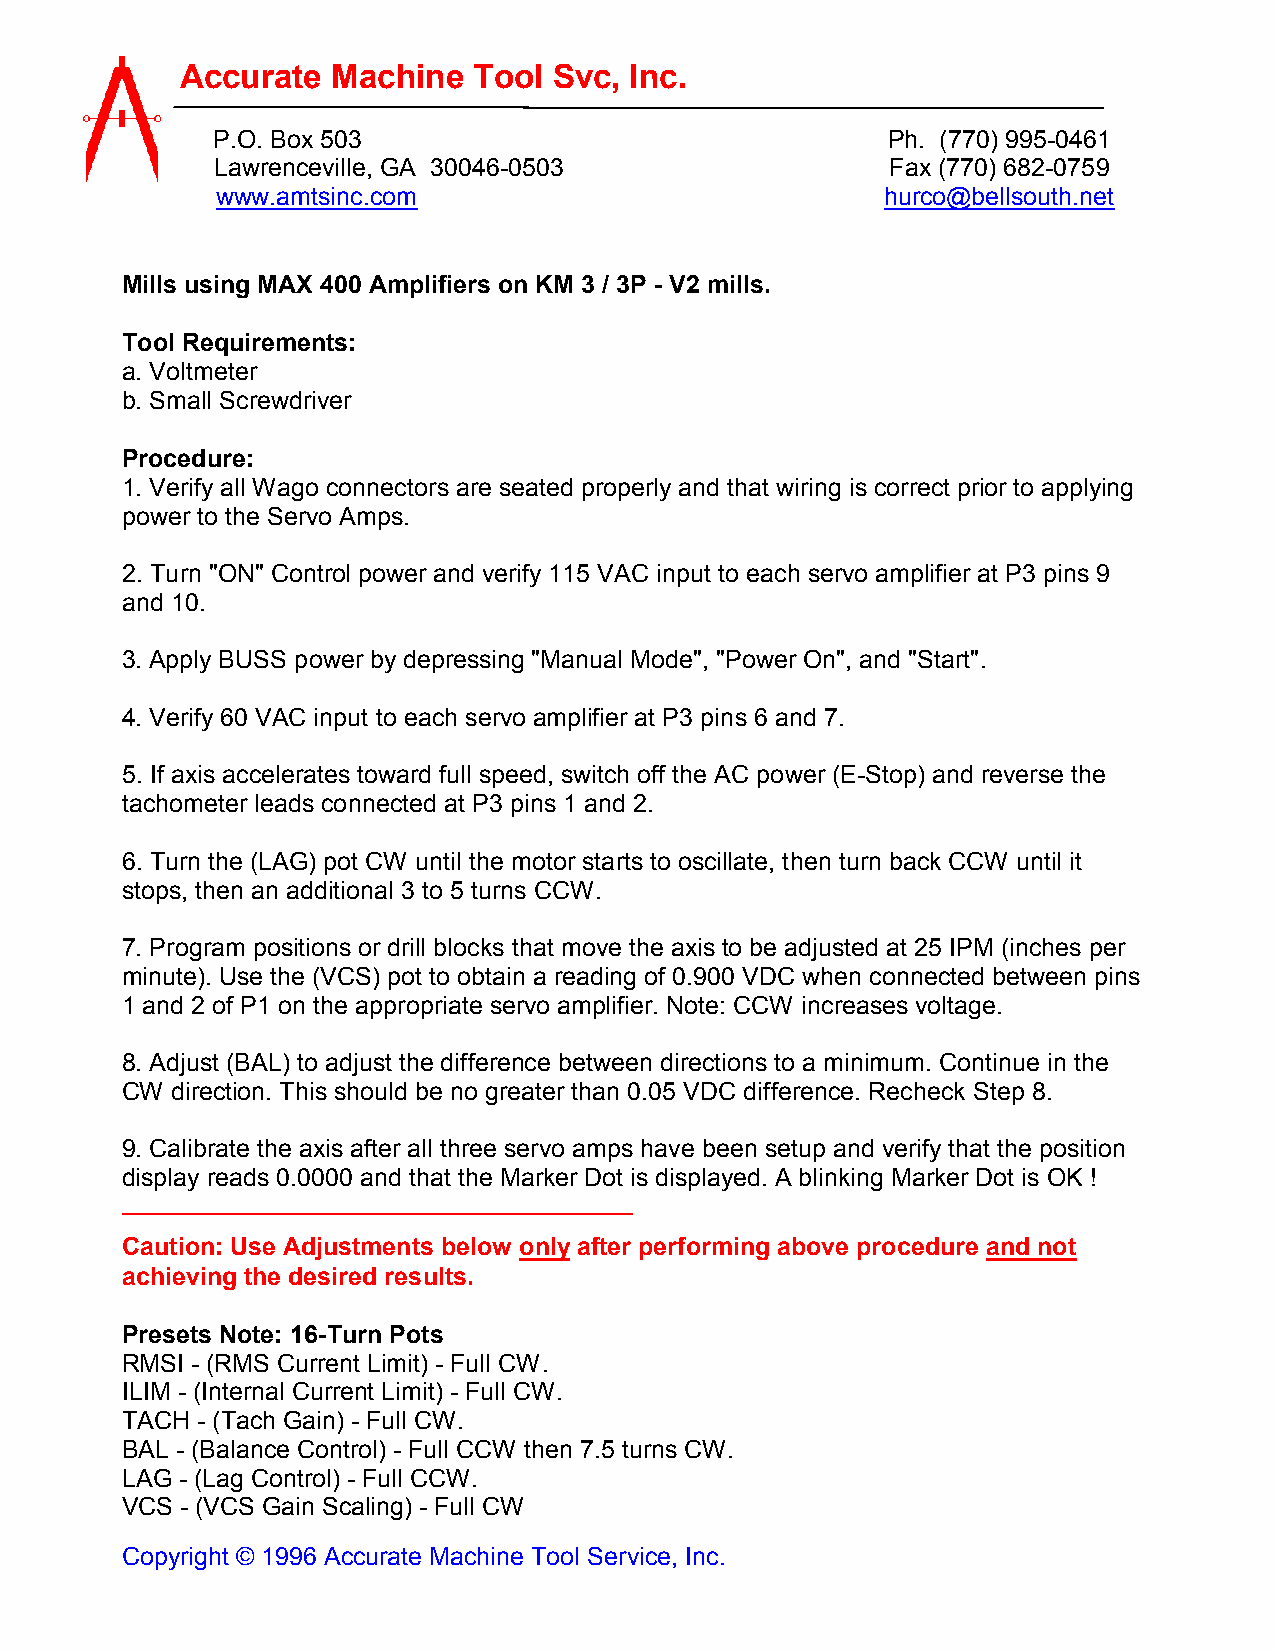
Accurate  Machine  Tool  Svc, Inc.
 P.O. Box 503                                 Ph. (770) 995-0461
 Lawrenceville, GA 30046-0503                 Fax (770) 682-0759
 www.amtsinc.com                              hurco@bellsouth.net
 Mills using MAX 400 Amplifiers on KM 3 / 3P - V2 mills.
 Tool Requirements:
 a. Voltmeter
 b. Small Screwdriver
 Procedure:
 1. Verify all Wago connectors are seated properly and that wiring is correct prior to applying
 power to the Servo Amps.
 2. Turn "ON" Control power and verify 115 VAC input to each servo amplifier at P3 pins 9
 and 10.
 3. Apply BUSS power by depressing "Manual Mode", "Power On", and "Start".
 4. Verify 60 VAC input to each servo amplifier at P3 pins 6 and 7.
 5. If axis accelerates toward full speed, switch off the AC power (E-Stop) and reverse the
 tachometer leads connected at P3 pins 1 and 2.
 6. Turn the (LAG) pot CW until the motor starts to oscillate, then turn back CCW until it
 stops, then an additional 3 to 5 turns CCW.
 7. Program positions or drill blocks that move the axis to be adjusted at 25 IPM (inches per
 minute). Use the (VCS) pot to obtain a reading of 0.900 VDC when connected between pins
 1 and 2 of P1 on the appropriate servo amplifier. Note: CCW increases voltage.
 8. Adjust (BAL) to adjust the difference between directions to a minimum. Continue in the
 CW direction. This should be no greater than 0.05 VDC difference. Recheck Step 8.
 9. Calibrate the axis after all three servo amps have been setup and verify that the position
 display reads 0.0000 and that the Marker Dot is displayed. A blinking Marker Dot is OK !
 Caution: Use Adjustments below only after performing above procedure and not
 achieving the desired results.
 Presets Note: 16-Turn Pots
 RMSI - (RMS Current Limit) - Full CW.
 ILIM - (Internal Current Limit) - Full CW.
 TACH - (Tach Gain) - Full CW.
 BAL - (Balance Control) - Full CCW then 7.5 turns CW.
 LAG - (Lag Control) - Full CCW.
 VCS - (VCS Gain Scaling) - Full CW
 Copyright © 1996 Accurate Machine Tool Service, Inc.